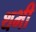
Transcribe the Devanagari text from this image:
थभी